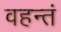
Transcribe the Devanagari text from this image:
वहन्तं